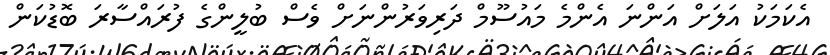
އެކަމަކު އަލަށް އަންނަ އެންމެ މައުސޫމް ދަރިވަރުންނަށް ވެސް ބުލީންގެ ފުރައްސާރަ ބޮޑުކަން